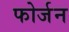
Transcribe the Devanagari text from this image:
फोर्जन